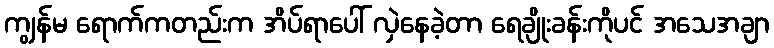
ကျွန်မ ရောက်ကတည်းက အိပ်ရာပေါ် လှဲနေခဲ့တာ ရေချိုးခန်းကိုပင် အသေအချာ